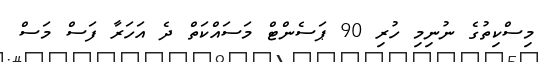
މިސްކިތުގެ ނުނިމި ހުރި 90 ޕަސެންޓް މަސައްކަތް ދެ އަހަރާ ފަސް މަސް